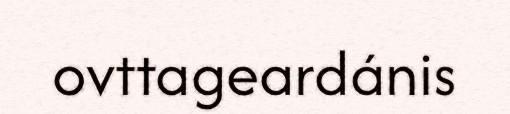
ovttageardánis